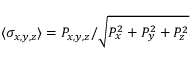
\langle \sigma _ { x , y , z } \rangle = P _ { x , y , z } / \sqrt { P _ { x } ^ { 2 } + P _ { y } ^ { 2 } + P _ { z } ^ { 2 } }